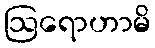
ဩရောဟာမိ